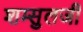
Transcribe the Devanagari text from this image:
शम्सुलजी